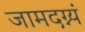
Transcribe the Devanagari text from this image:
जामदग्न्यं